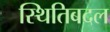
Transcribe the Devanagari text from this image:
स्थितिबदल